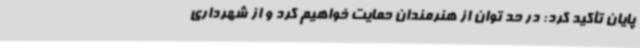
پایان تأکید کرد: در حد توان از هنرمندان حمایت خواهیم کرد و از شهرداری